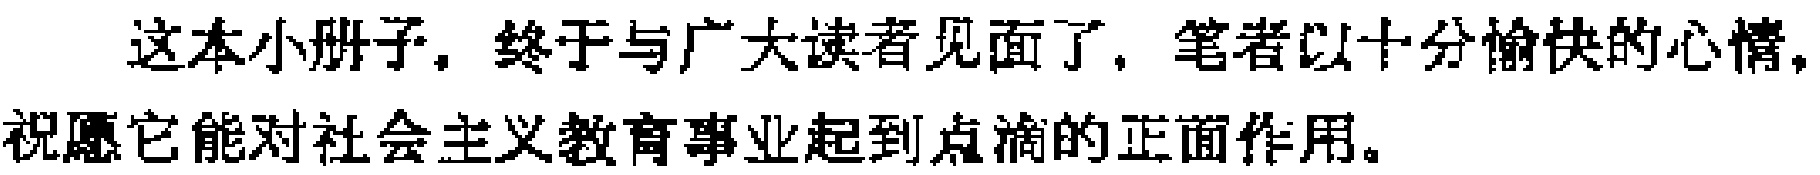
这本小册子，终于与广大读者见面了，笔者以十分愉快的心情，祝愿它能对社会主义教育事业起到点滴的正面作用。